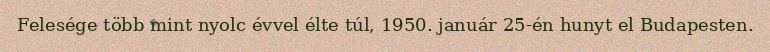
Felesége több mint nyolc évvel élte túl, 1950. január 25-én hunyt el Budapesten.